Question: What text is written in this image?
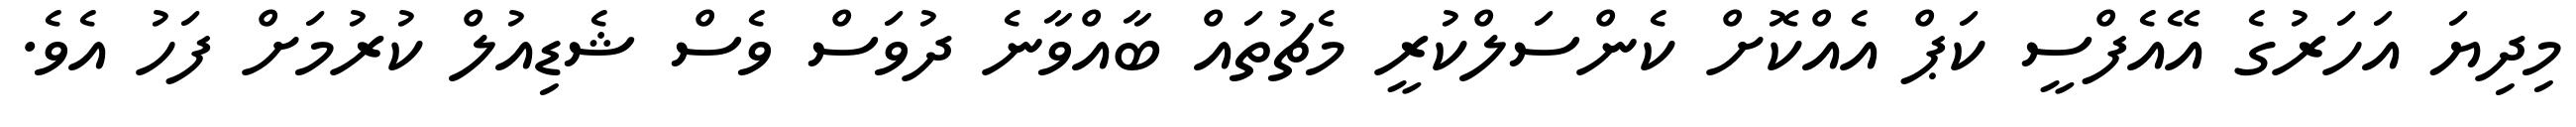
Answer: މިދިޔަ އަހަރުގެ އޭއެފްސީ ކަޕް އެއްކޮށް ކެންސަލްކުރީ މެޗުތައް ބާއްވާނެ ދުވަސް ވެސް ޝެޑިއުލް ކުރުމަށް ފަހު އެވެ.